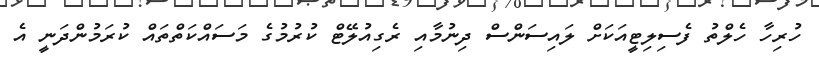
ހުރިހާ ހެލްތު ފެސިލިޓީއަކަށް ލައިސަންސް ދިނުމާއި ރެގިއުލޭޓް ކުރުމުގެ މަސައްކަތްތައް ކުރަމުންދަނީ އެ